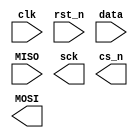
module spi(
    input  wire       clk,
    input  wire       rst_n,
    input  wire[15:0] data,
    input  wire       MISO,
    output wire       sck,
    output wire       cs_n,
    output wire       MOSI
);
    
endmodule